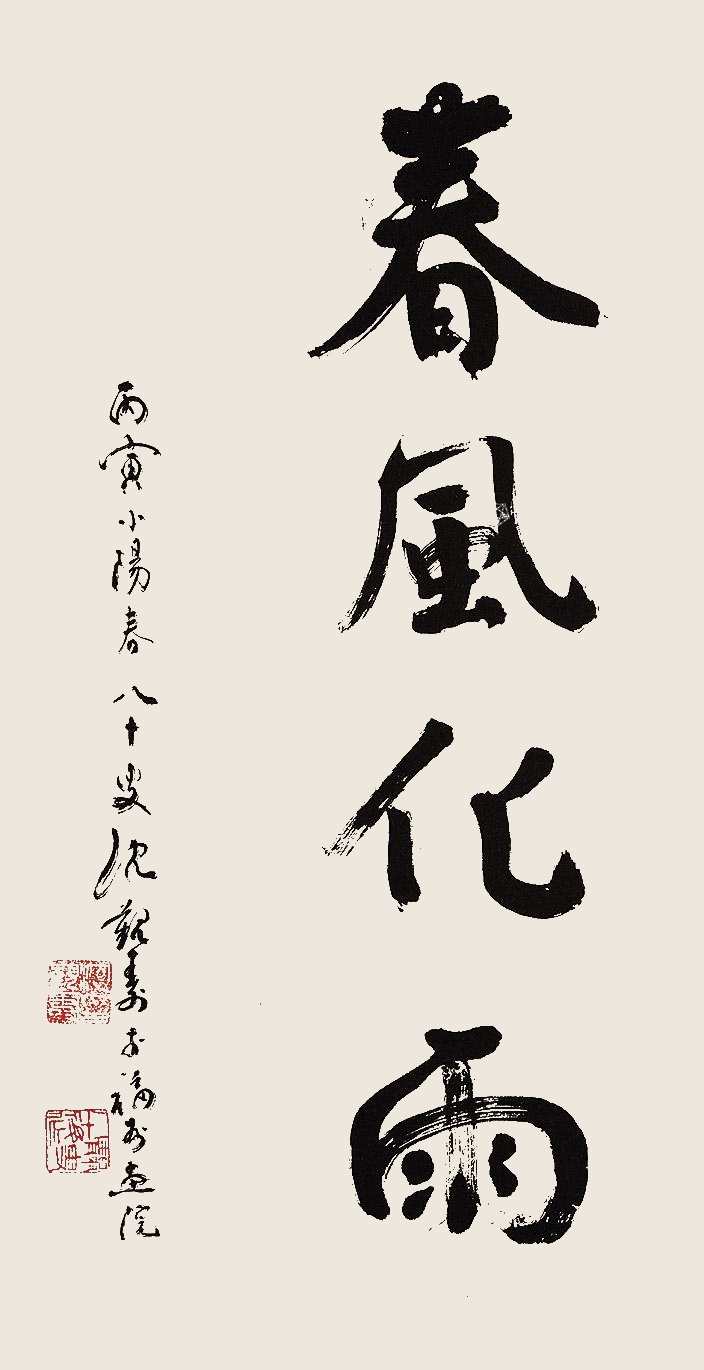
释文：春风化雨丙寅小阳春八十叟沈觐寿于福州画院。